Civil Veterinary Department Bengal reports 1933-51 - 1933-1951
Year: 1933
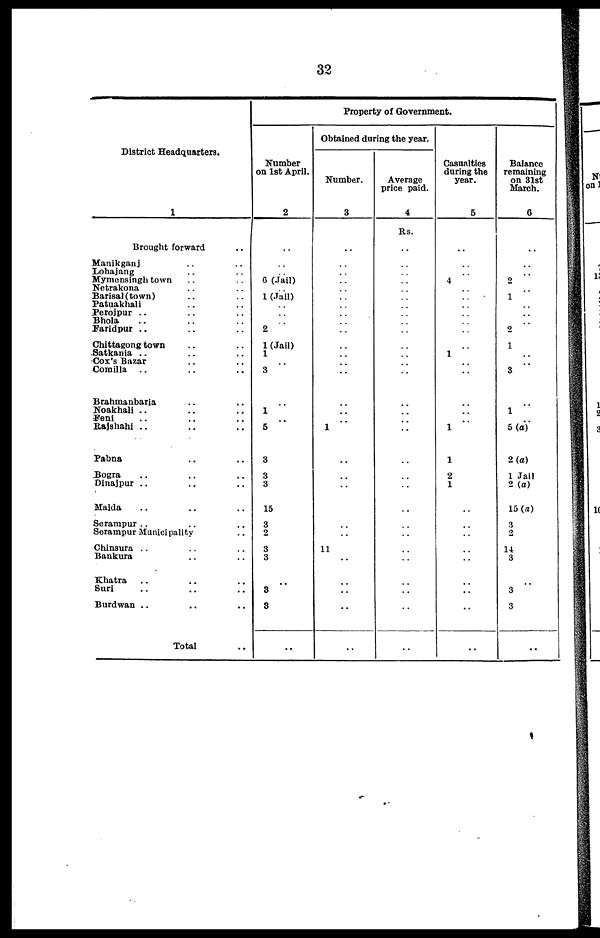
32
District Headquarters.
1
Brought forward ..
Manikganj .. ..
Lohajang ..
Mymensingh town ..
Netrakona .. ..
Barisal(town) .. ..
Patuakhali..
Perojpur .. .. ..
Bhola .. .. ..
Faridpur .. .. ..
Chittagong town .. ..
Satkania .. .. ..
Cox's Bazar .. ..
Comilla .. .. ..
Brahmanbaria .. ..
Noakhali .. .. ..
Feni .. .. ..
Rajshahi .. .. ..
Pabna .. ..
Bogra .. .. ..
Dinajpur .. .. ..
Halda .. .. ..
Serampur .. .. ..
Serampur Municipality ..
Chinsura .. .. ..
Bankura .. ..
Khatra .. .. ..
Suri .. .. ..
Burdwan .. .. ..
Total ..
Property of Government.
Number
on 1st April.
2
..
..
..
6 (Jail)
1 (Jail)
..
..
..
2
1 (Jail)
1
..
3
..
1
..
5
3
3
3
15
3
2
3
3
..
3
3
..
Obtained during the year.
Number.
3
..
..
..
..
..
..
..
..
..
..
..
..
..
..
..
..
..
1
..
..
..
..
..
..
11
..
..
..
..
..
Average
price paid.
4
Rs.
..
..
..
..
..
..
..
..
..
..
..
..
..
..
..
..
..
..
..
..
..
..
..
..
..
..
..
..
..
..
Casualties
during the
year.
5
..
..
..
4
..
..
..
..
..
..
..
1
..
..
..
..
..
1
1
2
1
..
..
..
..
..
..
..
..
..
Balance
remaining
on 31st
March.
6
..
..
..
2
..
1
..
..
..
2
1
..
..
3
..
1
..
5 (a)
2 (a)
1 Jail
2 (a)
15 (a)
3
2
14
3
..
3
3
..